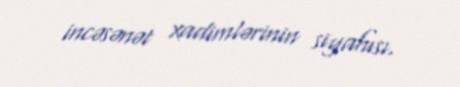
incəsənət xadimlərinin siyahısı.